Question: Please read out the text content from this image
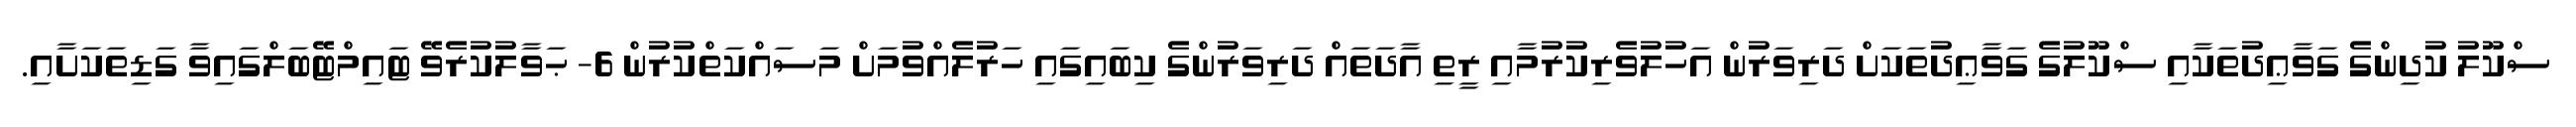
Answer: ސްކޫލު ކުދިންގެ ގަވާޢިދުތަކާއި ސްކޫލުގެ ގަވާޢިދުތަކަށް ދަރިވަރުން އަހުލުވެރިކުރުމާއި ރީތި އާދަތައް ދަރިވަރުންގެ ކިބައިގައި ހަރުލެއްވުމަށް މަސައްކަތްކުރުން 6- ޙަވާލުކުރެވޭ ޓައިމްޓޭބަލްގައިވާ ގަޑިތަކަށާއި.